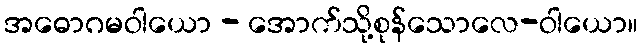
အဓောဂမဝါယော - အောက်သို့စုန်သောလေ-ဝါယော။